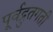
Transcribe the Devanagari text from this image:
पूर्वद्रुतगती